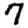
Digit: 7